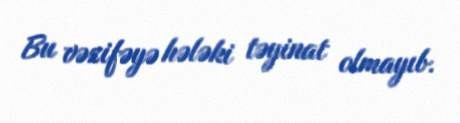
Bu vəzifəyə hələki təyinat olmayıb.